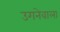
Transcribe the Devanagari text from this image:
उगनेवाला